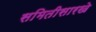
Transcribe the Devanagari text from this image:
समितीसारखे